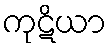
ကုဋိယာ